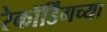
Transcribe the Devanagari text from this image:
रेकॉर्डिंगच्या